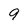
Character: 9